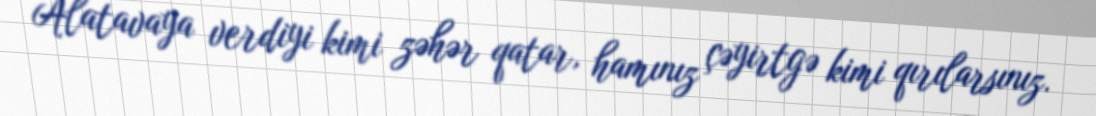
Alatavaya verdiyi kimi zəhər qatar, hamınız çəyirtgə kimi qırılarsınız.